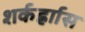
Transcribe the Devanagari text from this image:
शर्कर्ह्राास